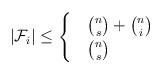
LaTeX: \begin{align*}|\mathcal{F}_i| \leq \begin{cases} & {n \choose s} + {n \choose i} \\ &{n \choose s} \\\end{cases}\end{align*}